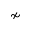
\nsim